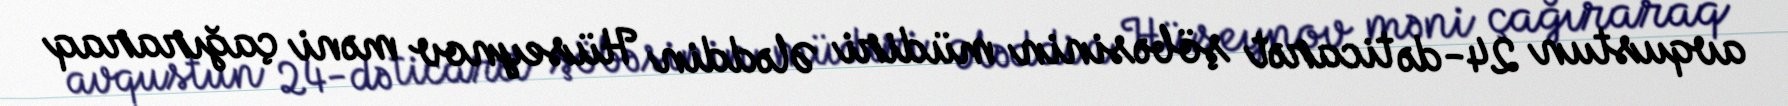
avqustun 24-də ticarət şöbəsinin müdiri Ələddin Hüseynov məni çağıraraq